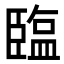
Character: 𦣪